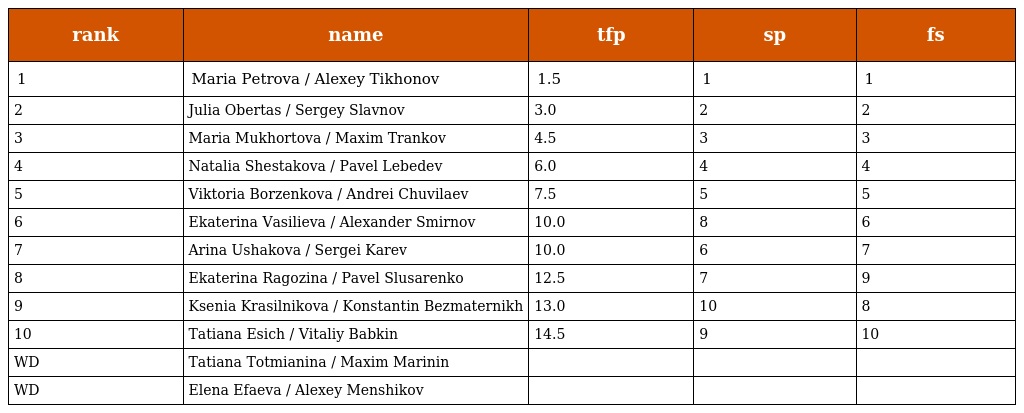
| rank | name | tfp | sp | fs |
 | --- | --- | --- | --- | --- |
 | 1 | Maria Petrova / Alexey Tikhonov | 1.5 | 1 | 1 |
 | 2 | Julia Obertas / Sergey Slavnov | 3.0 | 2 | 2 |
 | 3 | Maria Mukhortova / Maxim Trankov | 4.5 | 3 | 3 |
 | 4 | Natalia Shestakova / Pavel Lebedev | 6.0 | 4 | 4 |
 | 5 | Viktoria Borzenkova / Andrei Chuvilaev | 7.5 | 5 | 5 |
 | 6 | Ekaterina Vasilieva / Alexander Smirnov | 10.0 | 8 | 6 |
 | 7 | Arina Ushakova / Sergei Karev | 10.0 | 6 | 7 |
 | 8 | Ekaterina Ragozina / Pavel Slusarenko | 12.5 | 7 | 9 |
 | 9 | Ksenia Krasilnikova / Konstantin Bezmaternikh | 13.0 | 10 | 8 |
 | 10 | Tatiana Esich / Vitaliy Babkin | 14.5 | 9 | 10 |
 | WD | Tatiana Totmianina / Maxim Marinin |  |  |  |
 | WD | Elena Efaeva / Alexey Menshikov |  |  |  |